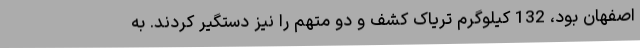
اصفهان بود، 132 کیلوگرم تریاک کشف و دو متهم را نیز دستگیر کردند. به